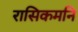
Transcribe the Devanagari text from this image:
रासिकमनि